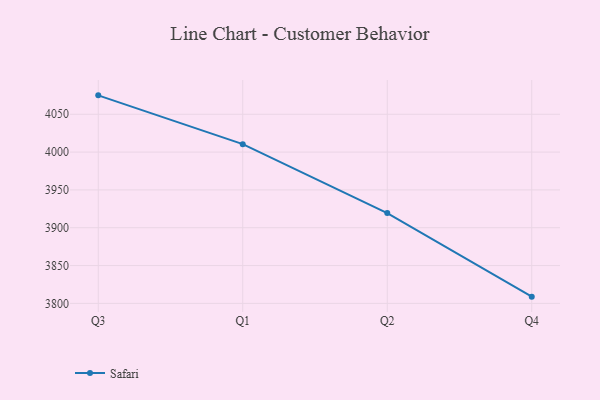
{"axis": {"x": "Quarter", "y": "Temperature (°C)"}, "legend": ["Safari"], "data": [{"x": "Q3", "y": 4075.0, "type": "Safari"}, {"x": "Q1", "y": 4010.5, "type": "Safari"}, {"x": "Q2", "y": 3919.4, "type": "Safari"}, {"x": "Q4", "y": 3808.9, "type": "Safari"}]}